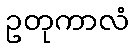
ဥတုကာလံ